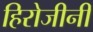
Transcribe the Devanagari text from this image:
हिरोजीनी